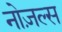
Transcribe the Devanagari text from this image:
नोज़ल्स